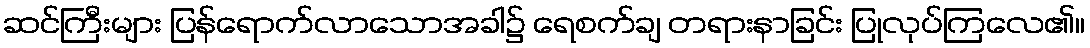
ဆင်ကြီးများ ပြန်ရောက်လာသောအခါ၌ ရေစက်ချ တရားနာခြင်း ပြုလုပ်ကြလေ၏။